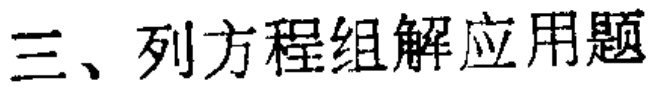
三、列方程组解应用题